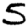
Digit: 5